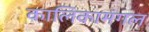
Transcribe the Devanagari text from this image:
कालिकामंगल